Second report of the anti-malarial operations at Mian Mir, 1901-1903 - Number 9
Year: 1901
Disease focus: Malaria
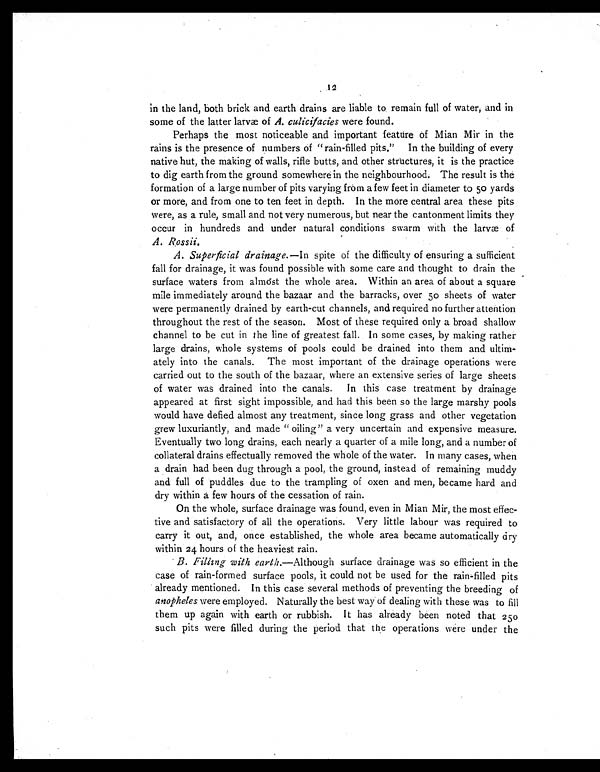
in the land, both brick and earth drains are liable to remain full of water, and in
some of the latter larvæ of A. culicifacies were found.
Perhaps the most noticeable and important feature of Mian Mir in the
rains is the presence of numbers of "rain-filled pits." In the building of every
native hut, the making of walls, rifle butts, and other structures, it is the practice
to dig earth from the ground somewhere in the neighbourhood. The result is the
formation of a large number of pits varying from a few feet in diameter to 50 yards
or more, and from one to ten feet in depth. In the more central area these pits
were, as a rule, small and not very numerous, but near the cantonment limits they
occur in hundreds and under natural conditions swarm with the larvæ of
A. Rossii.
A. Superficial drainage. — In spite of the difficulty of ensuring a sufficient
fall for drainage, it was found possible with some care and thought to drain the
surface waters from almost the whole area. Within an area of about a square
mile immediately around the bazaar and the barracks, over 50 sheets of water
were permanently drained by earth-cut channels, and required no further attention
throughout the rest of the season. Most of these required only a broad shallow
channel to be cut in the line of greatest fall. In some cases, by making rather
large drains, whole systems of pools could be drained into them and ultim-
ately into the canals. The most important of the drainage operations were
carried out to the south of the bazaar, where an extensive series of large sheets
of water was drained into the canals. In this case treatment by drainage
appeared at first sight impossible, and had this been so the large marshy pools
would have defied almost any treatment, since long grass and other vegetation
grew luxuriantly, and made "oiling" a very uncertain and expensive measure.
Eventually two long drains, each nearly a quarter of a mile long, and a number of
collateral drains effectually removed the whole of the water. In many cases, when
a drain had been dug through a pool, the ground, instead of remaining muddy
and full of puddles due to the trampling of oxen and men, became hard and
dry within a few hours of the cessation of rain.
On the whole, surface drainage was found, even in Mian Mir, the most effec-
tive and satisfactory of all the operations. Very little labour was required to
carry it out, and, once established, the whole area became automatically dry
within 24 hours of the heaviest rain.
B. Filling with earth. —Although surface drainage was so efficient in the
case of rain-formed surface pools, it could not be used for the rain-filled pits
already mentioned. In this case several methods of preventing the breeding of
anopheles were employed. Naturally the best way of dealing with these was to fill
them up again with earth or rubbish. It has already been noted that 250
such pits were filled during the period that the operations were under the